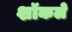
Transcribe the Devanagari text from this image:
शॉकले